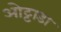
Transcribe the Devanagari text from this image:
ओट्टाडा